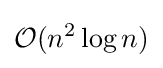
{\mathcal {O}}(n^{2}\log n)